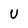
Character: U